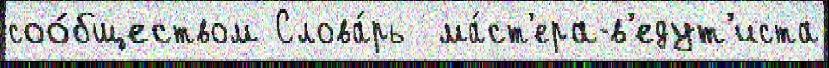
соо́бществом Слова́рь  ма́ст'ера-в'едут'иста